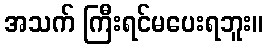
အသက် ကြီးရင်မပေးရဘူး။